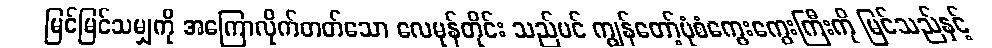
မြင်မြင်သမျှကို အကြောလိုက်တတ်သော လေမုန်တိုင်း သည်ပင် ကျွန်တော့်ပုံစံကွေးကွေးကြီးကို မြင်သည်နှင့်